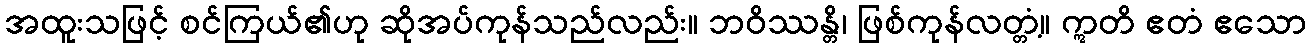
အထူးသဖြင့် စင်ကြယ်၏ဟု ဆိုအပ်ကုန်သည်လည်း။ ဘဝိဿန္တိ၊ ဖြစ်ကုန်လတ္တံ့။ ဣတိ ဧတံ ဧသော